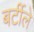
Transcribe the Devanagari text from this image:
बर्टीले